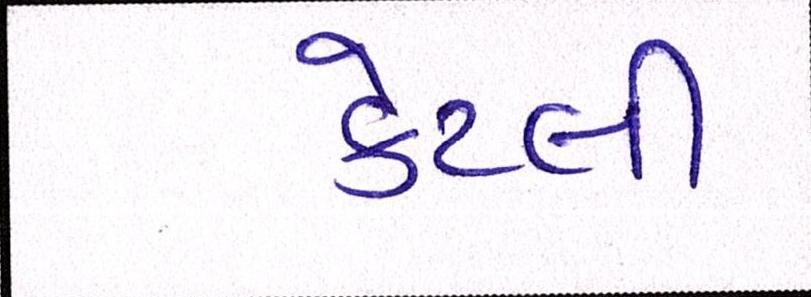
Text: કેટલી